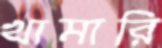
খামারি